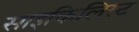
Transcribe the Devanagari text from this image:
साइकिलिस्ट